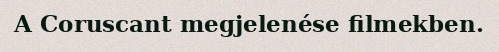
A Coruscant megjelenése filmekben.